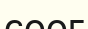
соог